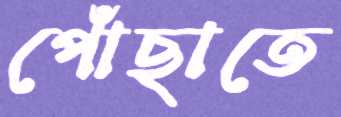
পোঁছাতে